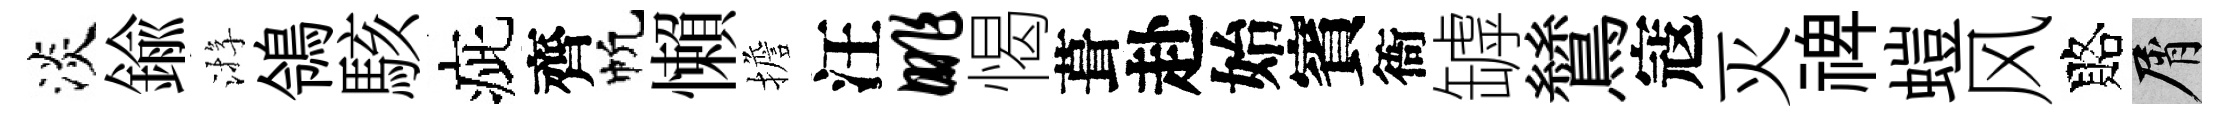
淡鍮㳺鴒駭疵齊帆懶擔汪眺愒葺赴始賓衙罅鷥寇灭禆螘风賂屑